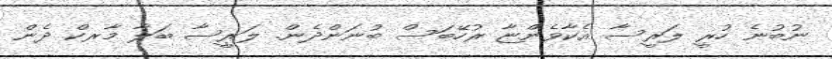
ނުބުނެ ހުރީ ލަރީސާ އެކާވެންޏާ ރުހޭބަސް ބުނަންދެން. ލަރީސާ ބަލާ މާރކް ދެން